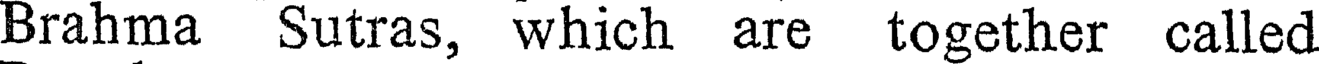
Brahma Sutras, which are together called